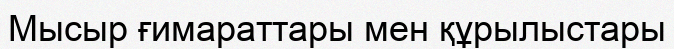
Мысыр ғимараттары мен құрылыстары